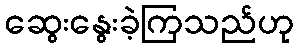
ဆွေးနွေးခဲ့ကြသည်ဟု